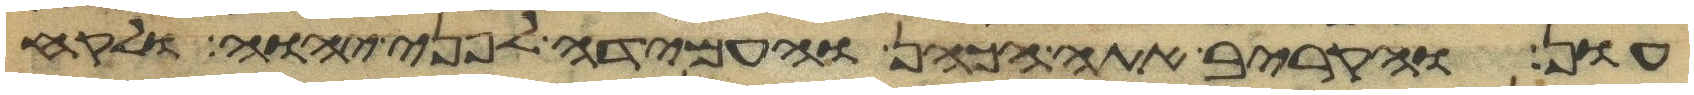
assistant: עון והקריב אתה הכהן והעמידה לפני יהוה ולקח